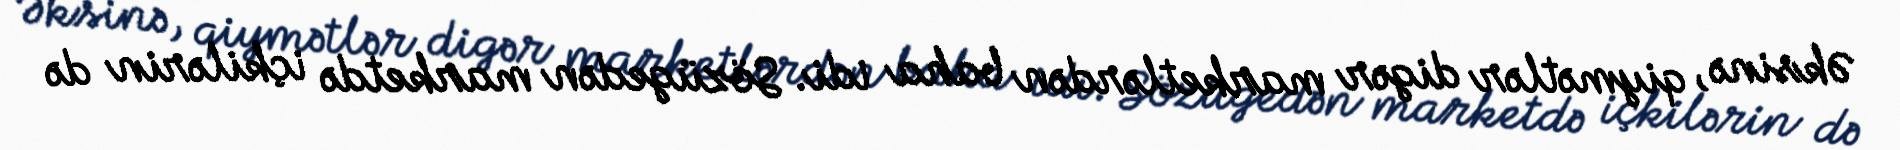
Əksinə, qiymətlər digər marketlərdən baha idi. Sözügedən marketdə içkilərin də